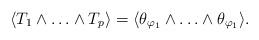
LaTeX: \begin{align*}\langle T_1\wedge\ldots\wedge T_p\rangle= \langle \theta_{\varphi_1 } \wedge\ldots\wedge\theta_{\varphi_1 }\rangle .\end{align*}